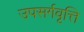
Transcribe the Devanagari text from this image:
उपसर्गवृत्ति